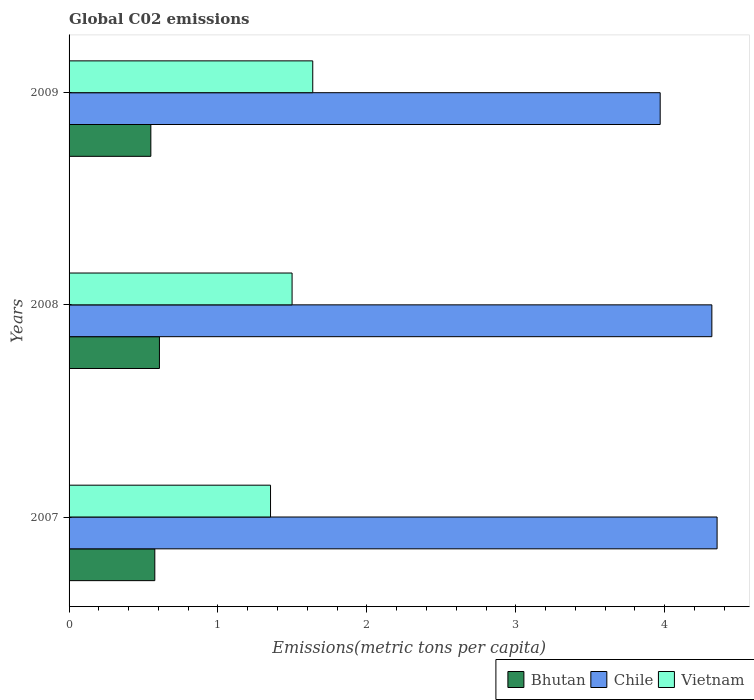
| Years | Bhutan | Chile | Vietnam |
 | --- | --- | --- | --- |
 | 2007 | 0.576 | 4.35 | 1.35 |
 | 2008 | 0.607 | 4.32 | 1.5 |
 | 2009 | 0.549 | 3.97 | 1.64 |